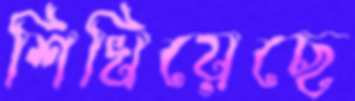
শিখিয়েছে